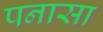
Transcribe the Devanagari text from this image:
पनासा